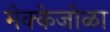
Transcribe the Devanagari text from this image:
मेक्केजोळा